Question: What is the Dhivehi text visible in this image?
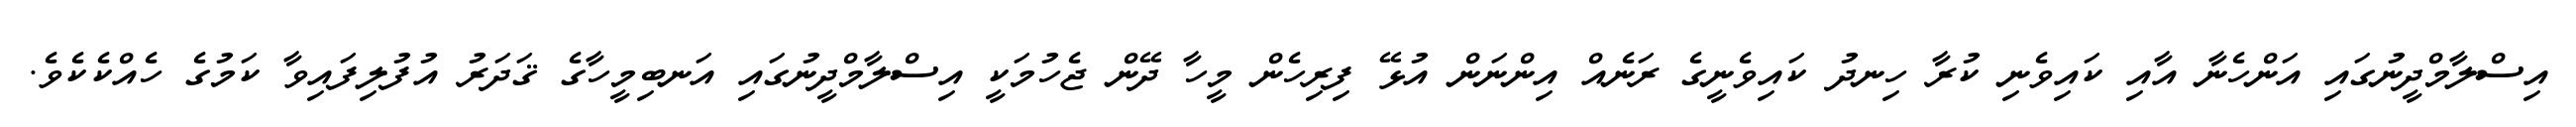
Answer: އިސްލާމްދީނުގައި އަންހެނާ އާއި ކައިވެނި ކުރާ ހިނދު ކައިވެނީގެ ރަނެއް އިންނަން އުޅޭ ފިރިހެން މީހާ ދޭން ޖެހުމަކީ އިސްލާމްދީނުގައި އަނބިމީހާގެ ޤަދަރު އުފުލިފައިވާ ކަމުގެ ހެއްކެކެވެ.